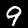
Label: 9